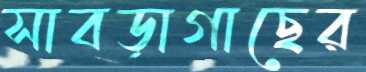
সাবড়াগাছের